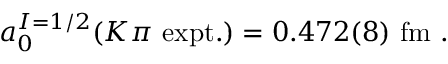
a _ { 0 } ^ { I = 1 / 2 } ( K \pi \ \mathrm { e x p t . } ) = 0 . 4 7 2 ( 8 ) \ \mathrm { f m } \ .